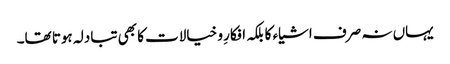
یہاں نہ صرف اشیاء کا بلکہ افکارِ و خیالات کا بھی تبادلہ ہوتا تھا۔